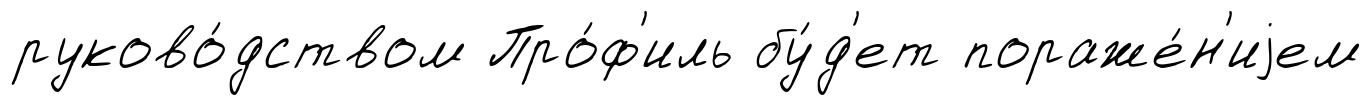
руково́дством Про́ф'иль бу́д'ет пораже́н'иjем